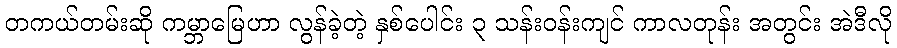
တကယ်တမ်းဆို ကမ္ဘာမြေဟာ လွန်ခဲ့တဲ့ နှစ်ပေါင်း ၃ သန်းဝန်းကျင် ကာလတုန်း အတွင်း အဲဒီလို